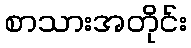
စာသားအတိုင်း